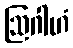
ဩဂါဟံ